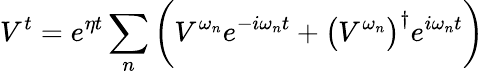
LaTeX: V^{t}=e^{\eta t}\sum_{n}\bigg(V^{\omega_{n}}e^{-i\omega_{n}t}+\big(V^{\omega_{n}}\big)^{\dagger}e^{i\omega_{n}t}\bigg)